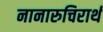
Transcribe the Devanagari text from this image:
नानारुचिरार्थ